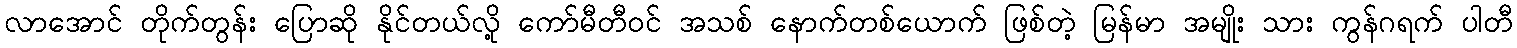
လာအောင် တိုက်တွန်း ပြောဆို နိုင်တယ်လို့ ကော်မီတီဝင် အသစ် နောက်တစ်ယောက် ဖြစ်တဲ့ မြန်မာ အမျိုး သား ကွန်ဂရက် ပါတီ